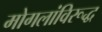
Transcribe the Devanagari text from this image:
मोगलांविरूद्ध